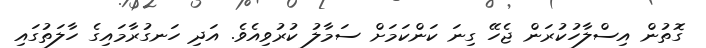
ގޮތުން އިސްލާހުކުރަން ޖެހޭ ގިނަ ކަންކަމަށް ސަމާލު ކުރުވިއެވެ. އަދި ހަނގުރާމައިގެ ހާލަތުގައި